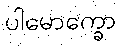
ပါမောက္ခော